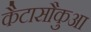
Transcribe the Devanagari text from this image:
कैटासौकुआ